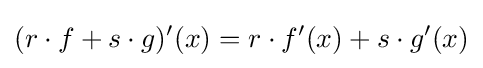
(r\cdot f+s\cdot g)'(x)=r\cdot f'(x)+s\cdot g'(x)